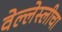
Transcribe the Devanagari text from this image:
वेल्लेस्लीचा